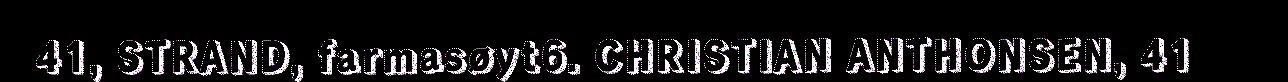
41, STRAND, farmasøyt6. CHRISTIAN ANTHONSEN, 41